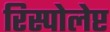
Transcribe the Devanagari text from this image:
रिस्पोलेप्ट